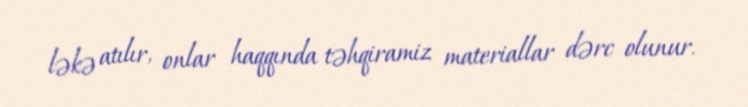
ləkə atılır, onlar haqqında təhqiramiz materiallar dərc olunur.